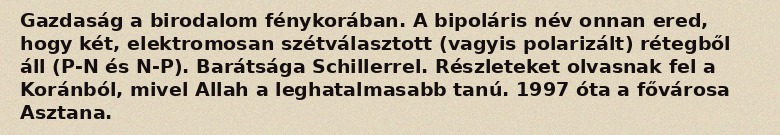
Gazdaság a birodalom fénykorában. A bipoláris név onnan ered, hogy két, elektromosan szétválasztott (vagyis polarizált) rétegből áll (P-N és N-P). Barátsága Schillerrel. Részleteket olvasnak fel a Koránból, mivel Allah a leghatalmasabb tanú. 1997 óta a fővárosa Asztana.